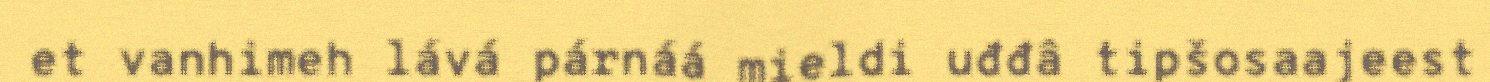
et vanhimeh lává párnáá mieldi uđđâ tipšosaajeest